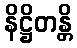
နိဋ္ဌိတန္တိ